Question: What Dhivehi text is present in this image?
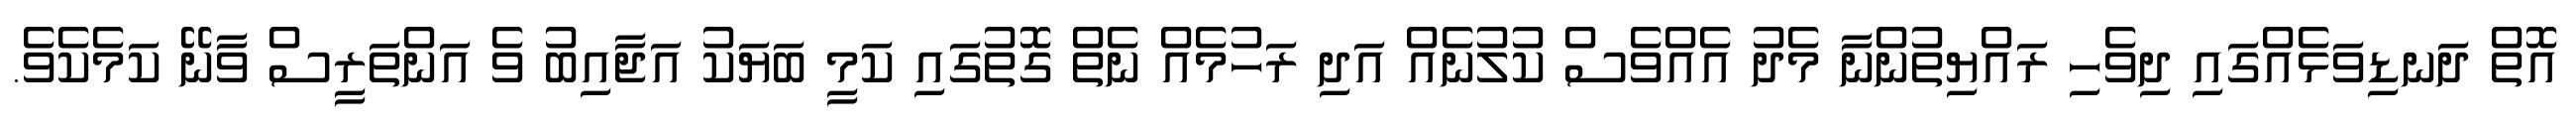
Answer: އޮތް ދަނޑިވަޅެއްގައި ދިވެހި ރައްޔިތުންނާ މެދު އެއްވެސް ކުލުނެއް އަދި ރަހުމެއް ނެތް ގޮތުގައި ކަމީ ބަޔަކު އަޖާއިބު ވެ އަންތަރީސް ވާނޭ ކަމެކެވެ.